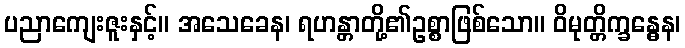
ပညာကျေးဇူးနှင့်။ အသေခေန၊ ရဟန္တာတို့၏ဥစ္စာဖြစ်သော။ ဝိမုတ္တိက္ခန္ဓေန၊